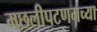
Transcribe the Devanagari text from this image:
मछलीपटणमच्या